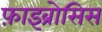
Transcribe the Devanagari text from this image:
फ़ाइब्रोसिस